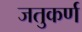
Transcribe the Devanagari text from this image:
जतुकर्ण